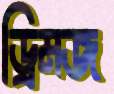
ড্রিমজ